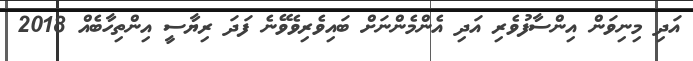
އަދި މިނިވަން އިންސާފުވެރި އަދި އެންމެންނަށް ބައިވެރިވެވޭނެ ފަދަ ރިޔާސީ އިންތިހާބެއް 2018